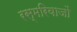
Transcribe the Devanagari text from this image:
रस्मरिवाजों